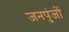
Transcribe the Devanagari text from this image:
जनपुंजों